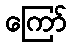
ကြော်